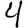
Digit: 4